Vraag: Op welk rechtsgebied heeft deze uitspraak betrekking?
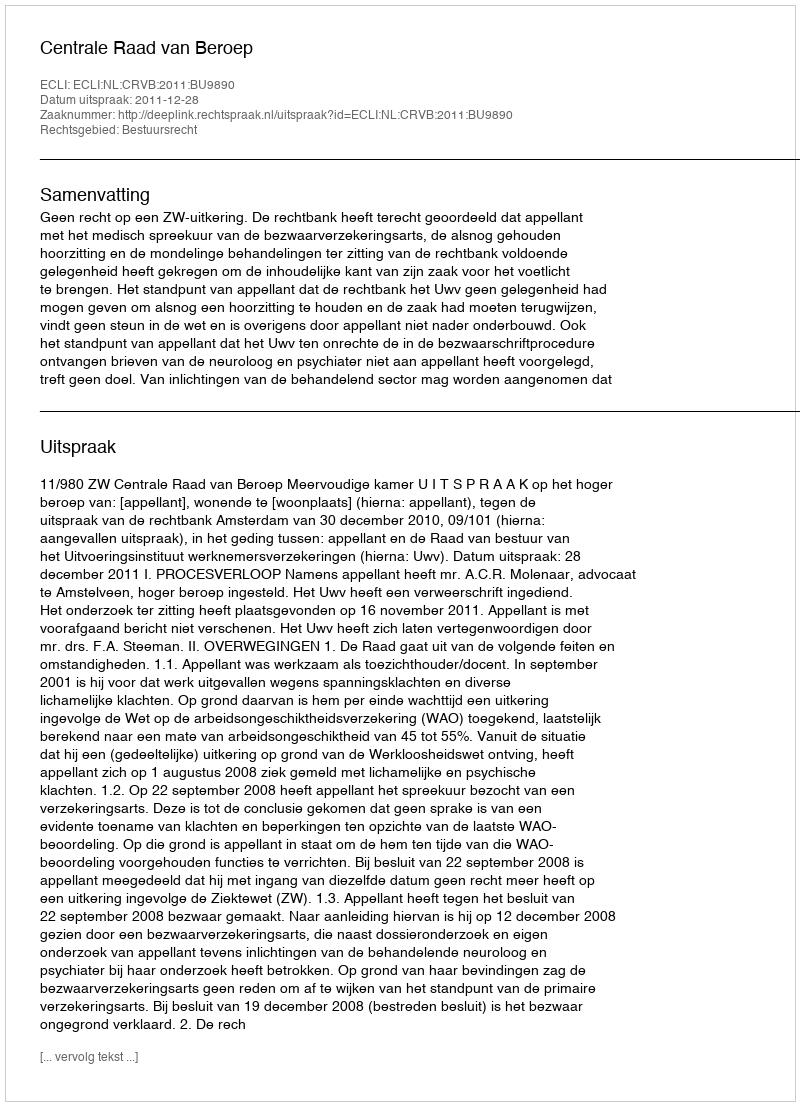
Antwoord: Bestuursrecht